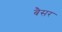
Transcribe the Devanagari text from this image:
बैसर